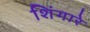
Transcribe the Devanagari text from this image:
शिंगारे